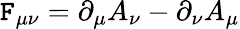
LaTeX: \mathtt{F}_{\mu\nu}=\partial_{\mu}A_{\nu}-\partial_{\nu}A_{\mu}